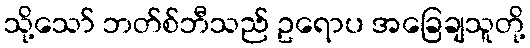
သို့သော် ဘတ်စ်ဘီသည် ဥရောပ အခြေချသူတို့